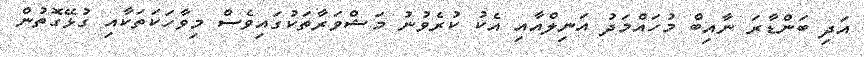
އަދި ބަންޑާރަ ނާއިބް މުހައްމަދު އަނިލްއާއި އެކު ކުރެވުނު މަޝްވަރާތަކުގައިވެސް މިވާހަކަތަކާއި ގުޅޭގޮތުން